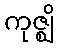
ကုဇ္ဈိ